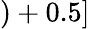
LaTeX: )+0.5]